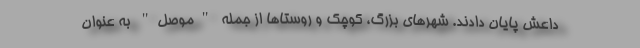
داعش پایان دادند. شهرهای بزرگ، کوچک و روستاها از جمله "موصل" به عنوان